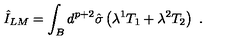
\hat { I } _ { L M } = \int _ { B } d ^ { p + 2 } \hat { \sigma } \left( \lambda ^ { 1 } T _ { 1 } + \lambda ^ { 2 } T _ { 2 } \right) \ .